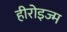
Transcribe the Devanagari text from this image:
हीरोइज्म